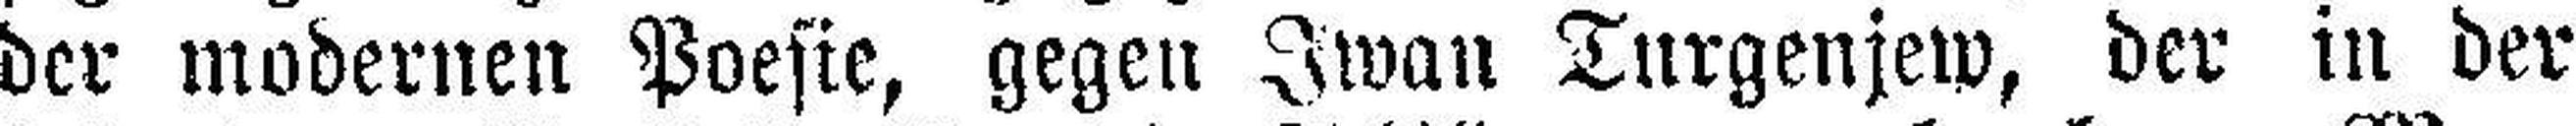
der modernen Poesie, gegen Iwan Turgenjew, der in der